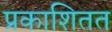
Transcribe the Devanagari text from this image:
प्रकाशितत